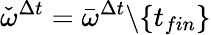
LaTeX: \check{\omega}^{\Delta t}=\bar{\omega}^{\Delta t}\backslash\{ t_{fin}\}